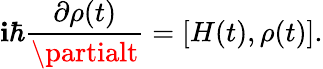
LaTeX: \mathbf{i}{\hbar}\frac{{\partial\rho(t)}}{{\partialt}}=[H(t),\rho(t)].